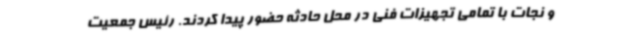
و نجات با تمامی تجهیزات فنی در محل حادثه حضور پیدا کردند. رئیس جمعیت